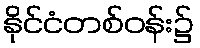
နိုင်ငံတစ်ဝန်း၌